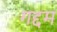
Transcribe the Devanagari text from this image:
गद्दम